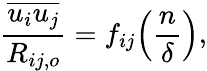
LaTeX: \frac{\overline{{u_{i}u_{j}}}}{R_{ij,o}}=f_{ij}\Big(\frac{n}{\delta}\Big),